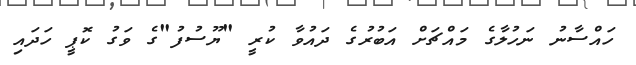
ހައްސާނު ނަހުލާގެ މައްޗަށް އަބުރުގެ ދައުވާ ކުރީ "ޔޫސުފު"ގެ ވަގު ކޮޕީ ހަދައި